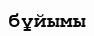
бұйымы